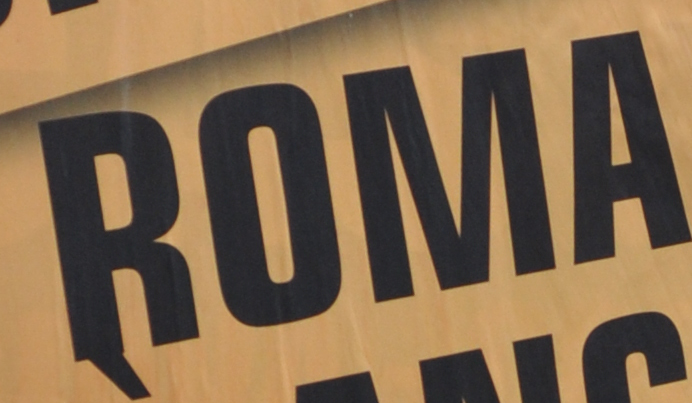
ROMA